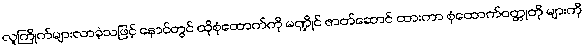
လူကြိုက်များလာခဲ့သဖြင့် နောင်တွင် ထိုစုံထောက်ကို မဏ္ဍိုင် ဇာတ်ဆောင် ထားကာ စုံထောက်ဝတ္တုတို များကို